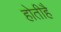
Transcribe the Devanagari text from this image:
होतीहै